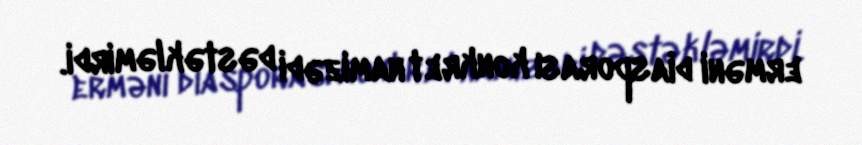
erməni diasporası konkret namizədi dəstəkləmirdi.